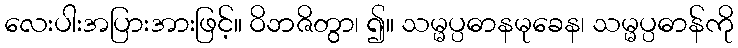
လေးပါးအပြားအားဖြင့်။ ဝိဘဇိတွာ၊ ၍။ သမ္မပ္ပဓာနမုခေန၊ သမ္မပ္ပဓာန်ကို